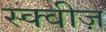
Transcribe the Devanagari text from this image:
स्क्वीज़